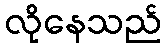
လိုနေသည်